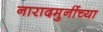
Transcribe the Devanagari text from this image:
नारादमुनींच्या